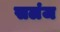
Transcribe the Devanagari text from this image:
सलंज